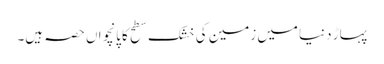
پہاڑ دنیا میں زمین کی خشک سطح کا پانچواں حصہ ہیں۔